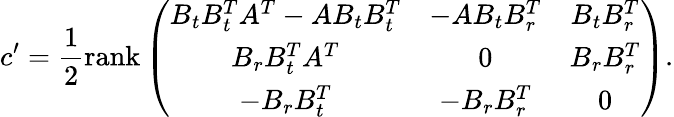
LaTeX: c^{\prime}=\frac{1}{2}\mathrm{rank}\left(\begin{array}{ccc}{B_{t}B_{t}^{T}A^{T}-AB_{t}B_{t}^{T}}&{-AB_{t}B_{r}^{T}}&{B_{t}B_{r}^{T}}\\ {B_{r}B_{t}^{T}A^{T}}&{0}&{B_{r}B_{r}^{T}}\\ {-B_{r}B_{t}^{T}}&{-B_{r}B_{r}^{T}}&{0}\end{array}\right).